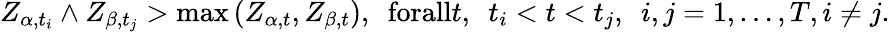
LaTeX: \begin{array}{r}{Z_{\alpha,t_{i}}\wedge Z_{\beta,t_{j}}>\operatorname*{max}{\left(Z_{\alpha,t},Z_{\beta,t}\right)},\ \ \textrm{forall}t,\ \ t_{i}<t<t_{j},\ \ i,j=1,\ldots,T,i\neq j.}\end{array}